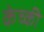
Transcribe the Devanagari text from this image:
केच्की